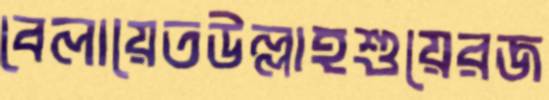
বেলায়েতউল্লাহশুয়েরজ